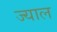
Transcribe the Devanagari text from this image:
ज्याल